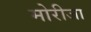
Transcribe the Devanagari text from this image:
मोरीजा